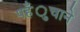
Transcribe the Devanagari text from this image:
पहँुचाने